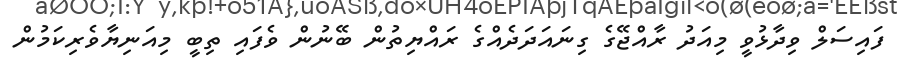
ފައިސަލް ވިދާޅުވީ މިއަދު ރާއްޖޭގެ ގިނައަދަދެއްގެ ރައްޔިތުން ބޭނުން ވެފައި ތިބީ މިއަނިޔާވެރިކަމުން